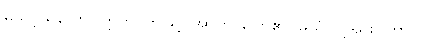
မသင့်သလော။ ဣတိ၊ ဤသို့။ အာဟ၊ ပြော၏။ မယှံ၊ ငါ့အား။ တာဝ၊